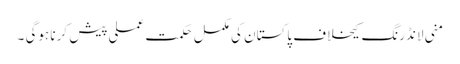
منی لانڈرنگ کیخلاف پاکستان کی مکمل حکمت عملی پیش کرنا ہوگی ۔